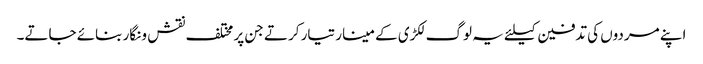
اپنے مردوں کی تدفین کیلئے یہ لوگ لکڑی کے مینار تیار کرتے جن پر مختلف نقش و نگار بنائے جاتے۔